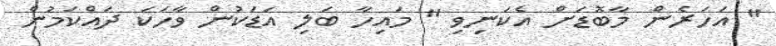
'' އަހަރެން މާބޮޑަށް އެކަނިވި '' މައިހާ ބަލި އަޑަކުން ވާހަކަ ދައްކަމުން